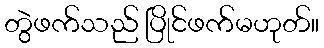
တွဲဖက်သည် ပြိုင်ဖက်မဟုတ်။